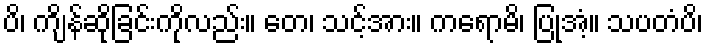
ပိ၊ ကျိန်ဆိုခြင်းကိုလည်း။ တေ၊ သင့်အား။ ကရောမိ၊ ပြုအံ့။ သပတံပိ၊